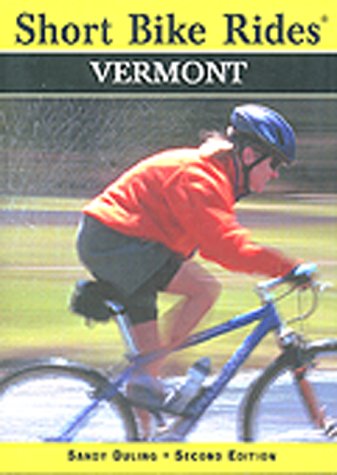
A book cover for Short Bike Rides: Vermont; Sandra Duling; Travel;